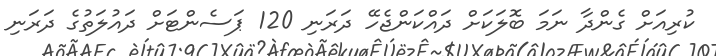
ކުރިއަށް ގެންދާ ނަމަ ބޮލަކަށް ދައްކަންޖެހޭ ދަރަނި 120 ޕަސެންޓަށް ދައުލަތުގެ ދަރަނި